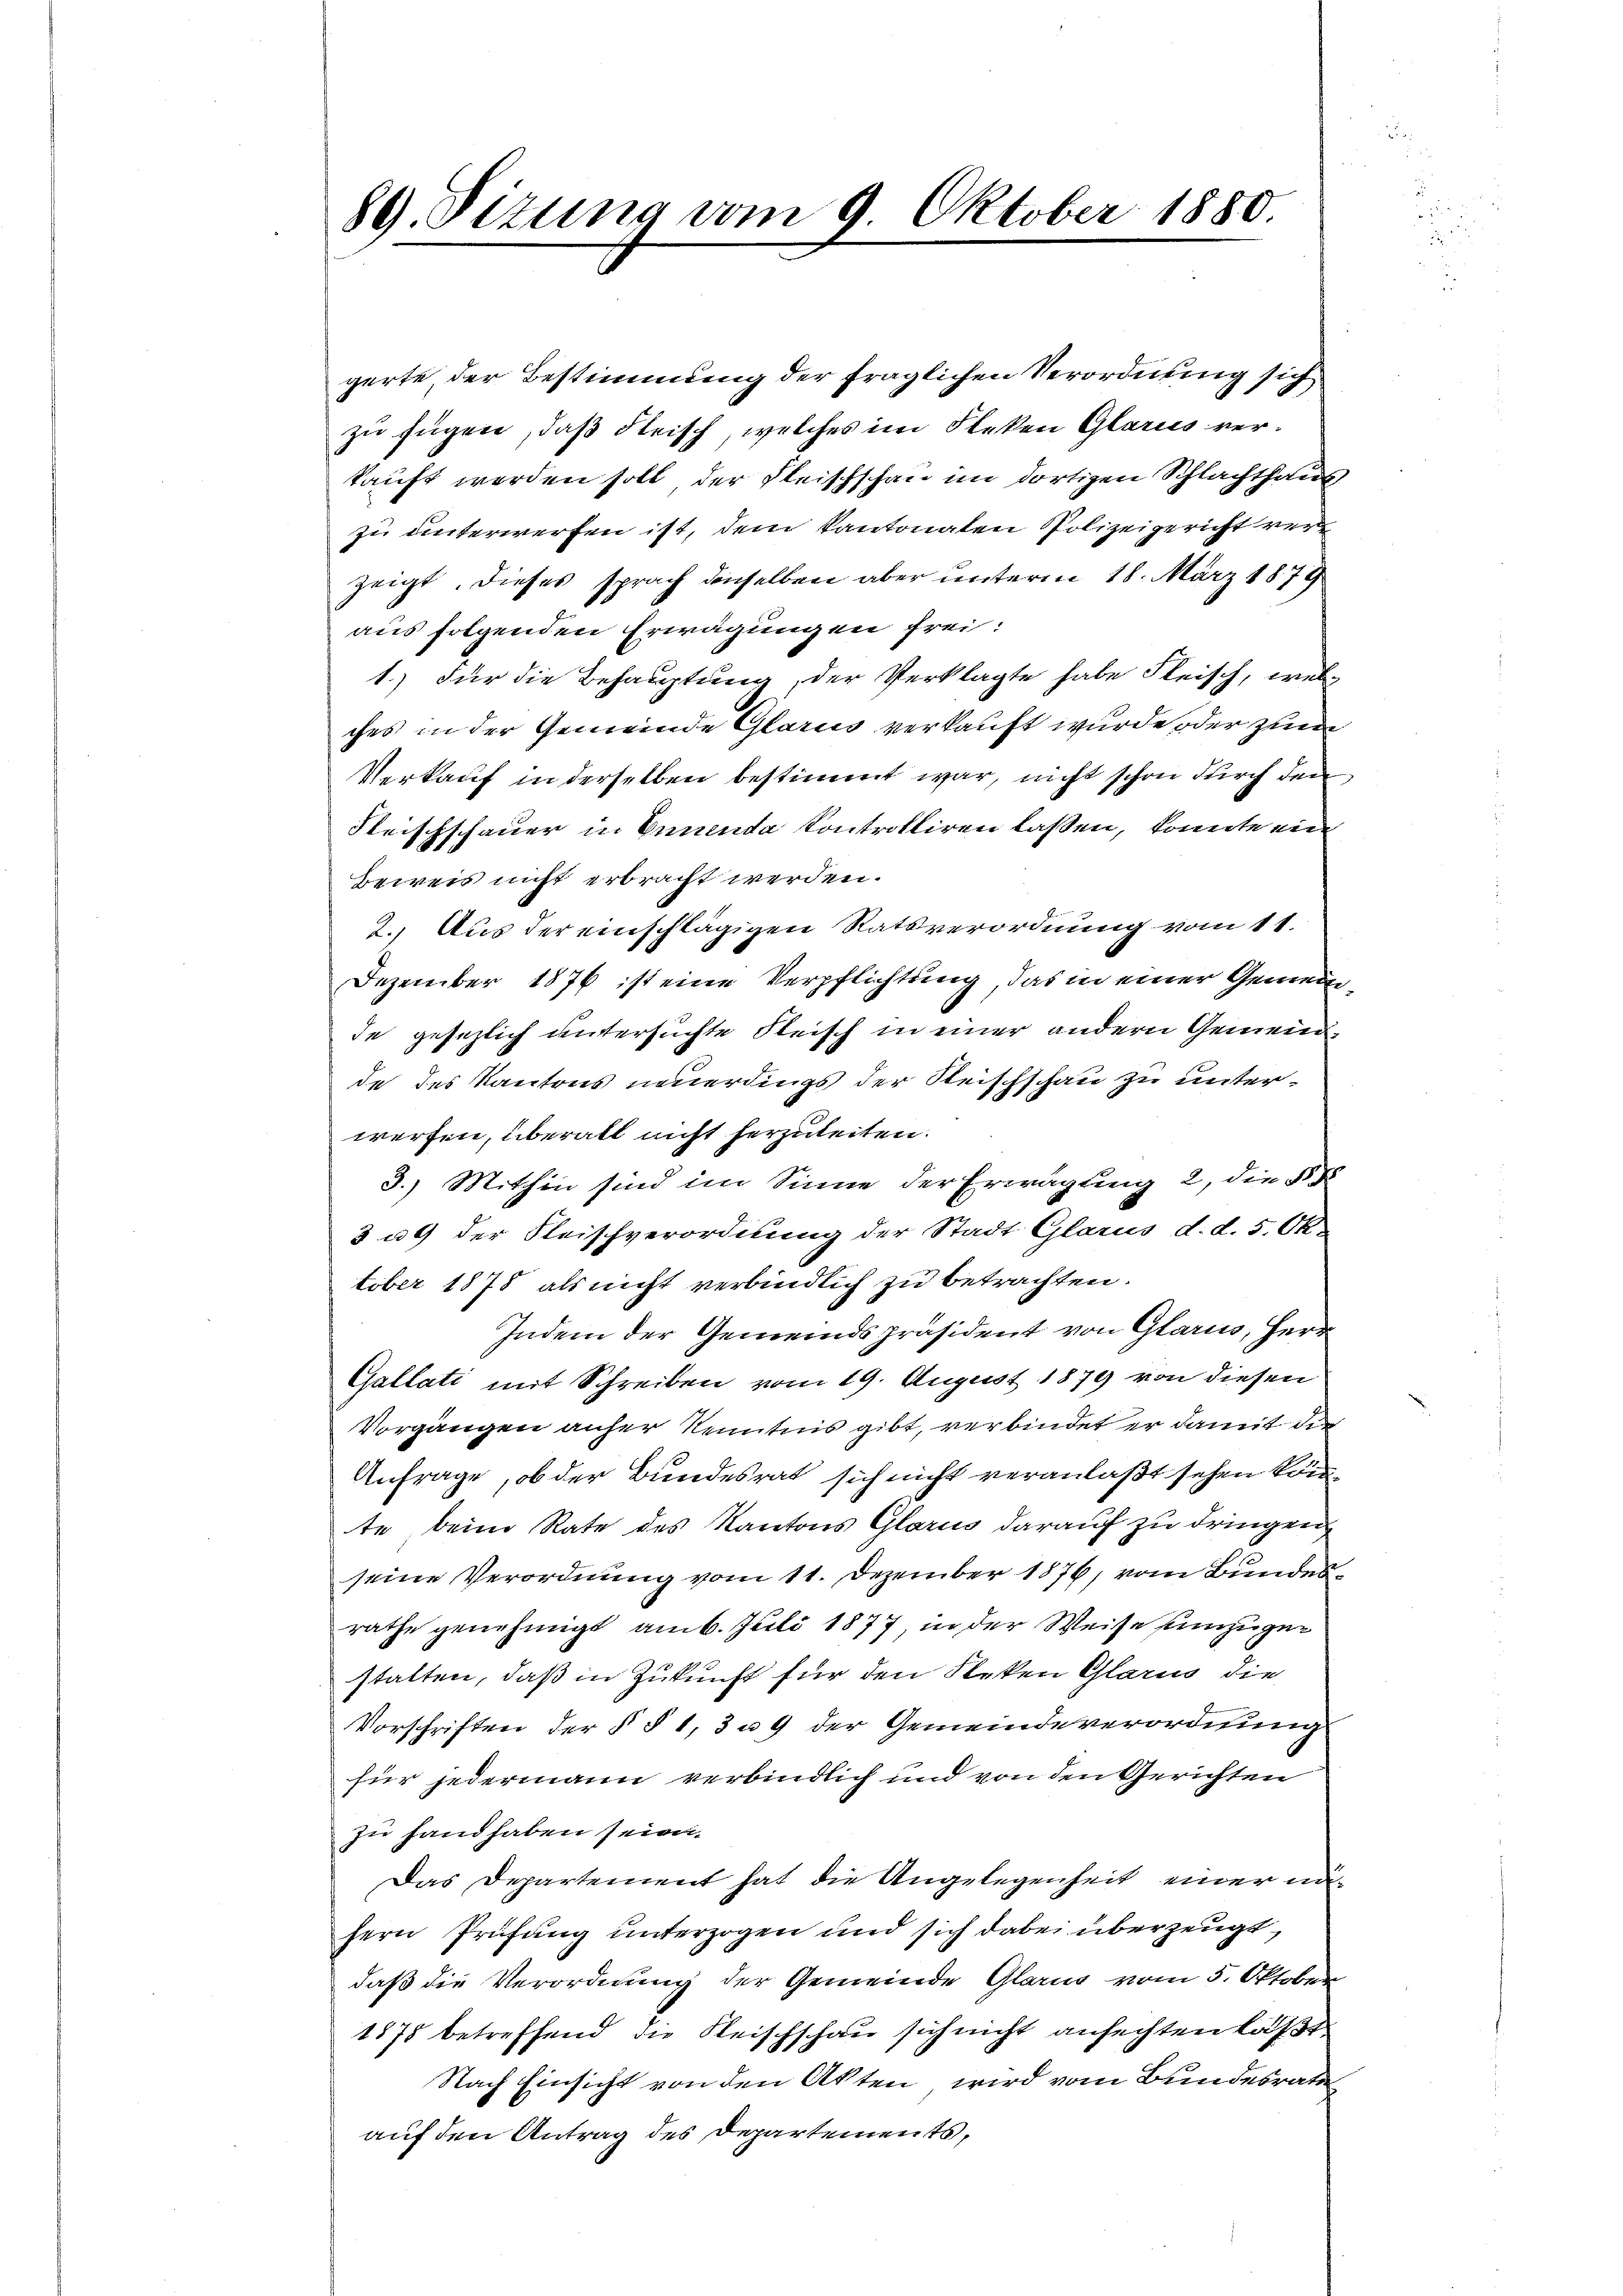
89. Sizung vom 9. Oktober 1880.

gerte, der Bestimmung der fraglichen Verordnung sich
zu fügen, daß Fleisch, welches im Fleken Glarus verkauft werden soll der Fleischschau im dortigen Schlachthaus
zu unterwerfen ist, dem kantonaten Polizeigericht verzeigt, dieses sprach denselben aber unterm 18. März 1879
aus folgenden Erwägungen frei:
1.) Für die Behauptung, der Verklagte habe Fleisch, welches in der Gemeinde Glarus verkauft wurde oder zum
Verkauf in derselben bestimmt war, nicht schon durch den
Fleischschauer in Ennenda Controlliren lassen, konnte ein
Beweis nicht erbracht werden.
2. Aus der einschlägigen Ratsverordnung vom 11.
Dezember 1876 ist eine Verpflichtung, das in einer Gemeinde gesezlich untersuchte Fleisch in einer andern Gemein
de des Kantons neuerdings der Steischschau zu unterwerfen, überall nicht herzuleiten.
3.) Mithin sind im Sinne der Erwägung 2, die §
3 u. der Fleischverordnung der Stadt Glarus d.d. 5. Ok-
tober 1878 als nicht verbindlich zu betrachten.
Indem der Gemeindspräsident von Glarus, Herr
Gallati mit Schreiben vom 19. August 1879 von diesen
Vorgängen anher Kenntnis gibt, verbindet er damit die
Anfrage, ob der Bundesrat sich nicht veranlaßt sehen könte, beim Rate des Kantons Glarus darauf zu dringen
seine Verordnung vom 11. Dezember 1876, vom Bundesrathe genehmigt am 6. Juli 1877, in der Weise hinzugestalten, daß in Zukunft für den Fleken Glarus die
Vorschriften der § § 1, 3 u. 9 der Gemeindeverordnung
für jedermann verbindlich und von den Gerichten
zu hand haben sein.
Das Departement hat die Angelegenheit einer nähern Prüfung unterzogen und sich dabei überzeugt,
daß die Verordnung der Gemeinde Glarus vom 5. Oktober
1878 betreffend die Reischschau sich nicht anfechten läßt
Nach Einsicht von den Akten, wird vom Bundesrath
auf den Antrag des Departements,